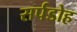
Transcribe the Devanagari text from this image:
सर्पडोह